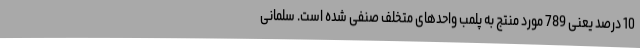
10 درصد یعنی 789 مورد منتج به پلمب واحدهای متخلف صنفی شده‌ است. سلمانی